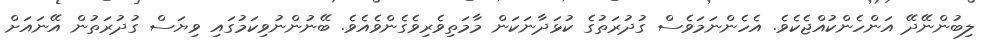
ލިބުންނޭދޭ އަންހެންކުއްޖެކެވެ. އެހެންނަމަވެސް ގުދުރަތުގެ ކުޅަދާނަކަން މާމަތިވެރިވެގެންވެއެވެ. ބޭނުންނުވިކަމުގައި ވިޔަސް ގުދުރަތުން އޭނައަށް